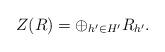
LaTeX: \begin{align*}Z(R)=\oplus_{h^{\prime}\in H^{\prime}}R_{h^{\prime}}.\end{align*}